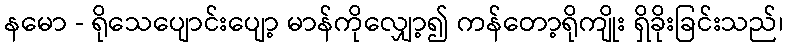
နမော - ရိုသေပျောင်းပျော့ မာန်ကိုလျှော့၍ ကန်တော့ရိုကျိုး ရှိခိုးခြင်းသည်၊